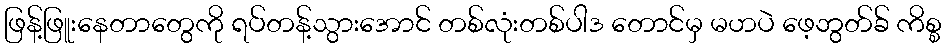
ဖြန့်ဖြူးနေတာတွေကို ရပ်တန့်သွားအောင် တစ်လုံးတစ်ပါဒ တောင်မှ မဟပဲ ဖေ့ဘွတ်ခ် ကိစ္စ